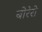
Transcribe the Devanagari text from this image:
बोरेरो